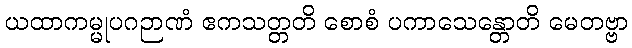
ယထာကမ္မုပဂဉာဏံ ဧကသတ္တတိ စောစံ ပကာသေန္တောတိ မေတဗ္ဗာ